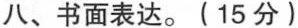
八、书面表达。(15分)